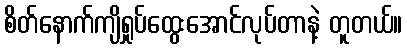
စိတ်နောက်ကျိရှုပ်ထွေးအောင်လုပ်တာနဲ့ တူတယ်။